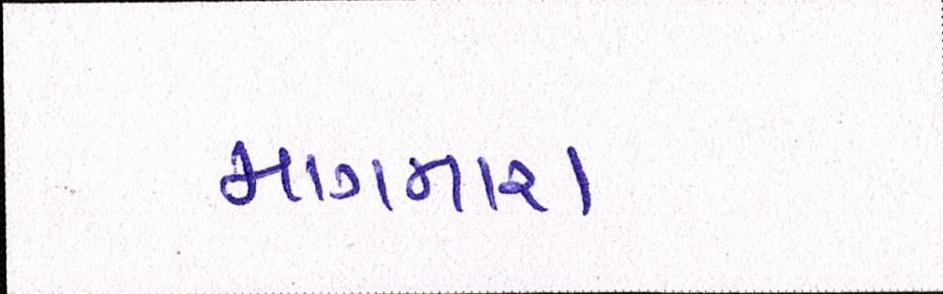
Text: માગનારા